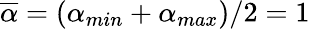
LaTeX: \overline{{\alpha}}=(\alpha_{min}+\alpha_{max})/2=1